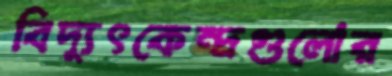
বিদ্যুৎকেন্দ্রগুলোর